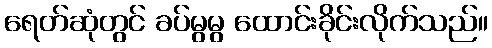
ရေတ်ဆုံတွင် ခပ်မွမွ ထောင်းခိုင်းလိုက်သည်။